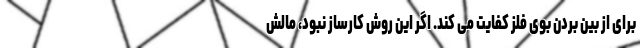
برای از بین بردن بوی فلز کفایت می کند. اگر این روش کارساز نبود، مالش